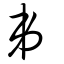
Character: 弟